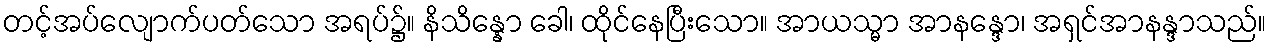
တင့်အပ်လျောက်ပတ်သော အရပ်၌။ နိသိန္နော ခေါ၊ ထိုင်နေပြီးသော။ အာယသ္မာ အာနန္ဒော၊ အရှင်အာနန္ဒာသည်။